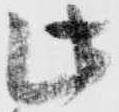
此